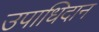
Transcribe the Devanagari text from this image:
उपाधिदान